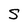
Character: S